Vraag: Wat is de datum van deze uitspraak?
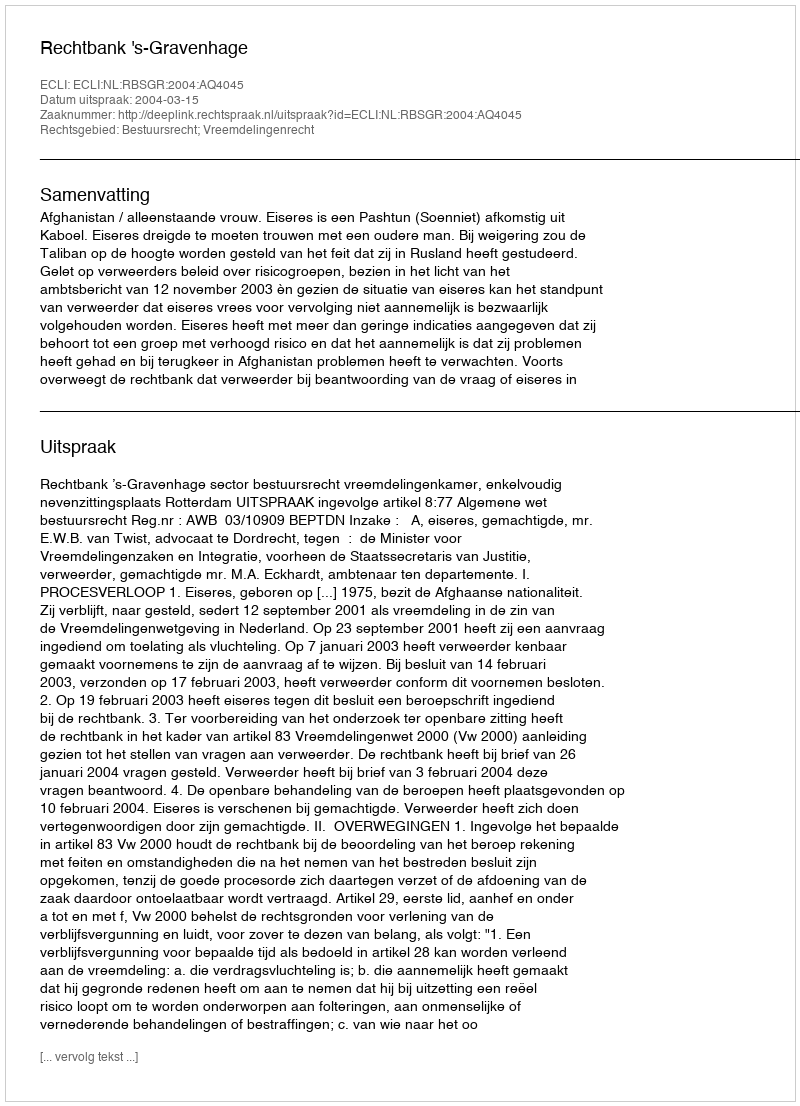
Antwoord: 2004-03-15